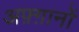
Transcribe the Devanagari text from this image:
अफ़्ग़ानों